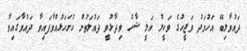
ދައުވާލިބޭ އަހުމަދު ވަޖީހުގެ ވަކީލު އަލީ ޝާހު ވިދާޅުވީ ދައުލަތުން ހުށަހަޅުއްވާފައިވާ ދައުވާގައިވާ